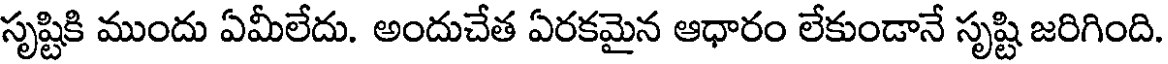
సృష్టికి ముందు ఏమీలేదు. అందుచేత ఏరకమైన ఆధారం లేకుండానే సృష్టి జరిగింది.